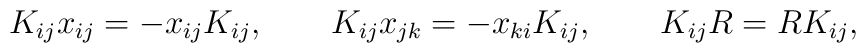
K_{ij} x_{ij} = - x_{ij} K_{ij}, \qquad K_{ij} x_{jk} = - x_{ki} K_{ij},\qquad  K_{ij} R = R K_{ij},